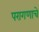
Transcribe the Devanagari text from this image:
परागणाचे